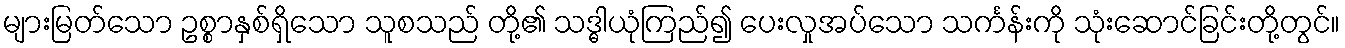
များမြတ်သော ဥစ္စာနှစ်ရှိသော သူစသည် တို့၏ သဒ္ဓါယုံကြည်၍ ပေးလှုအပ်သော သင်္ကန်းကို သုံးဆောင်ခြင်းတို့တွင်။